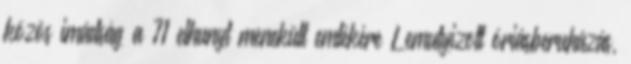
közös imádság a 71 elhunyt menekült emlékére Lemutyizott óriásberuházás,